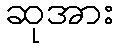
ဆုအား